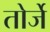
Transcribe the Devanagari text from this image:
तोर्जे